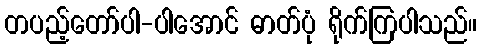
တပည့်တော်ပါ-ပါအောင် ဓာတ်ပုံ ရိုက်ကြပါသည်။